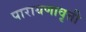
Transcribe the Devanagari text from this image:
पारायणावृत्ती